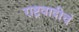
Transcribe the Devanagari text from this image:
राष्ट्रवादीचं